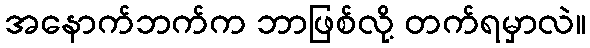
အနောက်ဘက်က ဘာဖြစ်လို့ တက်ရမှာလဲ။